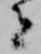
者